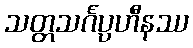
သတ္တသင်္ဂပ္ပဟီနဿ